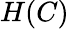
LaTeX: H(C)